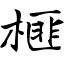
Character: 榧